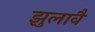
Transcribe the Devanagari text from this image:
झुलावै